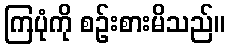
ကြပုံကို စဉ်းစားမိသည်။